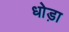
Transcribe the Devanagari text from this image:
धोड़ा